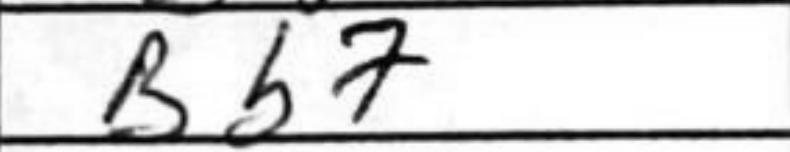
Transcription: Bb7